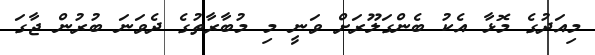
މިއަދުގެ މޮޅާ އެކު ބެންގަލޫރަށް ވަނީ މި މުބާރާތުގެ ދެވަނަ ބުރުން ޖާގަ